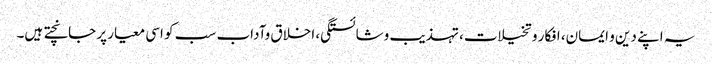
یہ اپنے دین و ایمان، افکار و تخیلات، تہذیب وشائستگی، اخلاق وآداب سب کو اسی معیار پر جانچتے ہیں۔